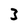
Character: 3